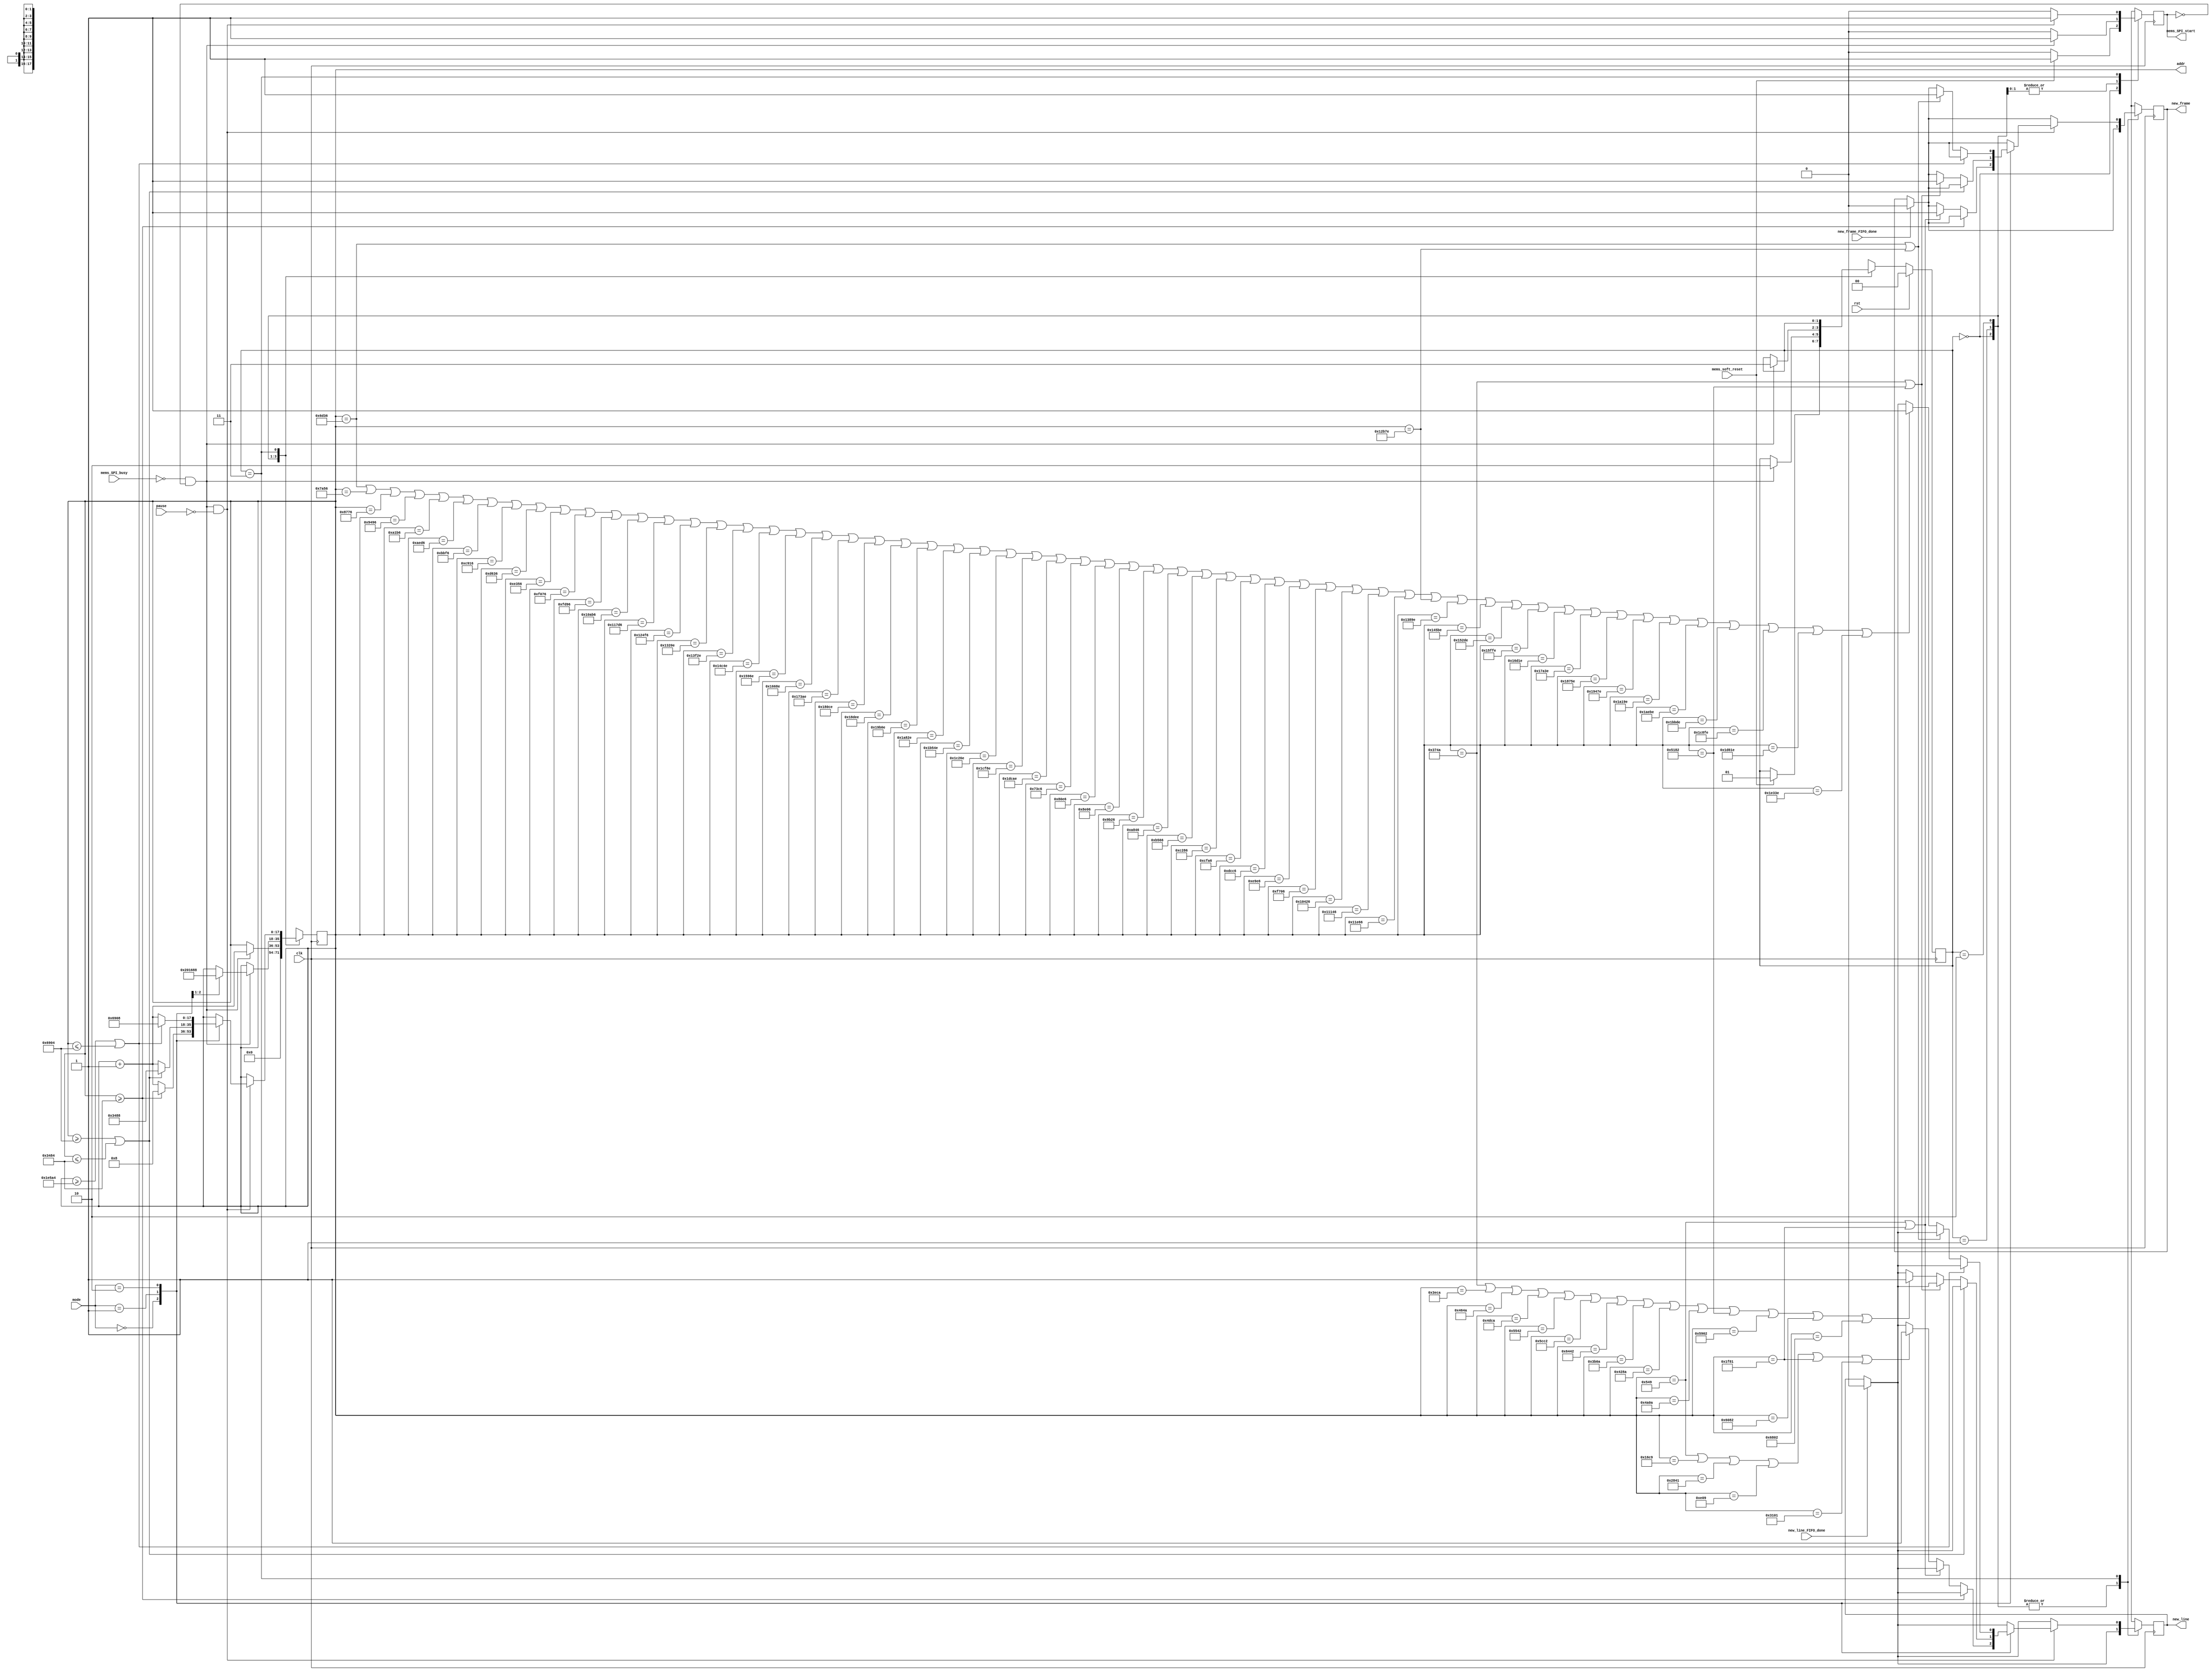
module mems_control_8 (
    // INPUT
    input clk,
    input rst,
    input [1:0] mode,
    // input exit,
    input pause,
    input mems_SPI_busy,
    input mems_soft_reset,
    input new_line_FIFO_done,
    input new_frame_FIFO_done,

    // OUTPUT
    output mems_SPI_start,
    output new_line,
    output new_frame,
    output [17:0] addr
  );
  
  reg new_line_d, new_line_q;//=1'b0;
  reg new_frame_d, new_frame_q;//=1'b0;
  
  assign mems_SPI_start=mems_SPI_start_q;

  assign new_line = new_line_q;
  assign new_frame = new_frame_q;

  assign addr = addr_q;
  
  localparam STATE_SIZE = 2;
  localparam IDLE = 2'd0,
    SOFTWARE_RESET = 2'd1,
    VREF_SETUP = 2'd2,
    SET_CHANNEL = 2'd3;
 
  reg [STATE_SIZE-1:0] state_d, state_q;
  reg [17:0] addr_d, addr_q;
  reg mems_SPI_start_d, mems_SPI_start_q; 
  // reg play_d, play_q;



  always @(*) begin

    if (new_line_FIFO_done==1'b1) begin
      new_line_d=1'b0; // latch here is not fine (if at the same time 2 modules -> problem)
    end else begin
      new_line_d = new_line_q;
    end

    if (new_frame_FIFO_done==1'b1) begin
      new_frame_d=1'b0; // latch here is not fine
    end else begin
      new_frame_d = new_frame_q;
    end

    state_d = state_q; // default values
    addr_d = addr_q;   // needed to prevent latches
    // play_d = play_q;

    case (state_q)
      IDLE: begin
        addr_d = 4'b0;
        mems_SPI_start_d=1'b0;
        if (mems_soft_reset==1'b1) begin
          state_d = SOFTWARE_RESET;
          mems_SPI_start_d=1'b1;
        end
      end // IDLE
      SOFTWARE_RESET: begin
        mems_SPI_start_d=1'b0;
        if (!mems_SPI_busy && mems_SPI_start_q == 1'b0) begin 
          addr_d=addr_q+1'b1;
          state_d = VREF_SETUP;
          mems_SPI_start_d = 1'b1;
        end
      end // SOFTWARE_RESET
      VREF_SETUP: begin // we have problem with DAC, change its ref voltage from external to internal and vice versa -> have to send command for external one all time.
        mems_SPI_start_d=1'b0;
        if (!mems_SPI_busy && mems_SPI_start_q == 1'b0) begin 

          case (mode)
            2'd0: begin
              addr_d = 17'd8;//addr_q + 1'b1; // will be 2 in SET_CHANNEL
              end
            2'd1: begin
              addr_d=17'd5768;
              end
            default: begin 
              end

          endcase // case
          

          state_d = SET_CHANNEL;
          mems_SPI_start_d = 1'b1;
        end // new data
      end // VREF_SETUP
      SET_CHANNEL: begin
              // if (exit==1'b1) begin
              // case (mode)
              //     2'd0: begin
              //       addr_d = 17'd8;//addr_q + 1'b1; // will be 2 in SET_CHANNEL
              //     end
              //     2'd1: begin3
              //       addr_d=17'd5768;
              //     end
              //     default: begin 3
              //     end
              //   endcase
              // end // if exit 



                // play_d=1'b0;
                mems_SPI_start_d = 1'b0;

                if ((!mems_SPI_busy && mems_SPI_start_q == 1'b0) && pause==1'b0) begin 



                    mems_SPI_start_d = 1'b1;    



                    case (mode)
                        // mode 1
                        2'd0: begin

                          if (addr_q>=18'd13444) begin // 75524 fro 59x160 //37444 for 39x120 // 74884 for 39x240


                            addr_d = 17'd8;  
                          
                          end else begin
                        
                            if (addr_q == 17'd1353 || addr_q==17'd8065) begin
                              
                              new_frame_d = 1'b1;
                            end else 


if (addr_q == 18'd1353 || addr_q == 18'd5833 || addr_q == 18'd10305 || addr_q == 18'd3593 || addr_q == 18'd8065 || addr_q==18'd12545) begin

                      new_line_d=1'b1;
                              end 

                              addr_d = addr_q+1'b1;

                          end // if end is reached
                        end // mode 1

                        // mode_2
                        2'd1: begin

                          if (addr_q>=18'd26884 || addr_q<=18'd13444) begin //75524 fro 59x160 //37444 for 39x120 // 74884 for 39x240
                            addr_d = 17'd13448;  
                          end else begin
                        
                            if (addr_q == 17'd14154 || addr_q==17'd20866) begin
                              
                              new_frame_d = 1'b1;
                            end else 
                            
if (addr_q == 18'd14154 || addr_q == 18'd16074 || addr_q == 18'd17994 || addr_q == 18'd19914 || addr_q == 18'd21826 || addr_q == 18'd23746 || addr_q == 18'd25666 || addr_q == 18'd15114 || addr_q == 18'd17034 || addr_q == 18'd18954 || addr_q == 18'd20866 || addr_q == 18'd22786 || addr_q == 18'd24706 || addr_q==18'd26626) begin    

                                  new_line_d=1'b1;
                            end 

                            addr_d = addr_q+1'b1;


                          end // if end is reached

                        end // mode_2




        2'd2: begin

                          if (addr_q>=18'd124324 || addr_q<=18'd26884) begin //75524 fro 59x160 //37444 for 39x120 // 74884 for 39x240
                            addr_d = 17'd26888;  
                          end else begin
                        
                            if (addr_q == 17'd27958 || addr_q==17'd76670) begin
                              
                              new_frame_d = 1'b1;
                            end else 
                            
if (addr_q == 18'd27958 || addr_q == 18'd31318 || addr_q == 18'd34678 || addr_q == 18'd38038 || addr_q == 18'd41398 || addr_q == 18'd44758 || addr_q == 18'd48118 || addr_q == 18'd51478 || addr_q == 18'd54838 || addr_q == 18'd58198 || addr_q == 18'd61558 || addr_q == 18'd64918 || addr_q == 18'd68278 || addr_q == 18'd71638 || addr_q == 18'd74998 || addr_q == 18'd78350 || addr_q == 18'd81710 || addr_q == 18'd85070 || addr_q == 18'd88430 || addr_q == 18'd91790 || addr_q == 18'd95150 || addr_q == 18'd98510 || addr_q == 18'd101870 || addr_q == 18'd105230 || addr_q == 18'd108590 || addr_q == 18'd111950 || addr_q == 18'd115310 || addr_q == 18'd118670 || addr_q == 18'd122030 || addr_q == 18'd29638 || addr_q == 18'd32998 || addr_q == 18'd36358 || addr_q == 18'd39718 || addr_q == 18'd43078 || addr_q == 18'd46438 || addr_q == 18'd49798 || addr_q == 18'd53158 || addr_q == 18'd56518 || addr_q == 18'd59878 || addr_q == 18'd63238 || addr_q == 18'd66598 || addr_q == 18'd69958 || addr_q == 18'd73318 || addr_q == 18'd76670 || addr_q == 18'd80030 || addr_q == 18'd83390 || addr_q == 18'd86750 || addr_q == 18'd90110 || addr_q == 18'd93470 || addr_q == 18'd96830 || addr_q == 18'd100190 || addr_q == 18'd103550 || addr_q == 18'd106910 || addr_q == 18'd110270 || addr_q == 18'd113630 || addr_q == 18'd116990 || addr_q == 18'd120350 || addr_q==18'd123710) begin

                                  new_line_d=1'b1;
                            end 

                            addr_d = addr_q+1'b1;


                          end // if end is reached

                        end // mode_2



                    endcase // case



                    // end // if end is reached





                end // new data
      end // SET_CHANNEL

      default: state_d = IDLE;
    endcase
  end // always
 



  always @(posedge clk) begin
    if (rst) begin
      state_q <= IDLE;
    end else begin
      state_q <= state_d;
    end
    new_line_q <= new_line_d; 
    new_frame_q <= new_frame_d; 
    mems_SPI_start_q <= mems_SPI_start_d;
    addr_q <= addr_d;
    // play_q <= play_d;
  end
 
endmodule